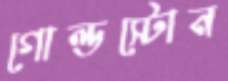
গোল্ডস্টোন